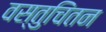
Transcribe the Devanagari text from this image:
वस्तुचिंतन